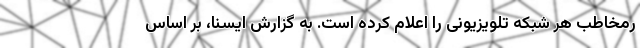
رمخاطب هر شبکه تلویزیونی را اعلام کرده است. به گزارش ایسنا، بر اساس